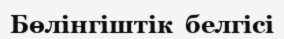
Бөлінгіштік  белгісі